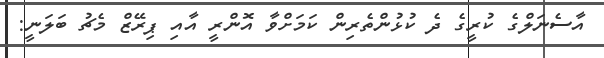
އާސެނަލްގެ ކުރީގެ ދެ ކުޅުންތެރިން ކަމަށްވާ އޮންރީ އާއި ޕިރޭޒް މެޗު ބަލަނީ: